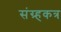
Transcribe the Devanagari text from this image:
संग्र्हकत्र